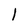
Character: 1